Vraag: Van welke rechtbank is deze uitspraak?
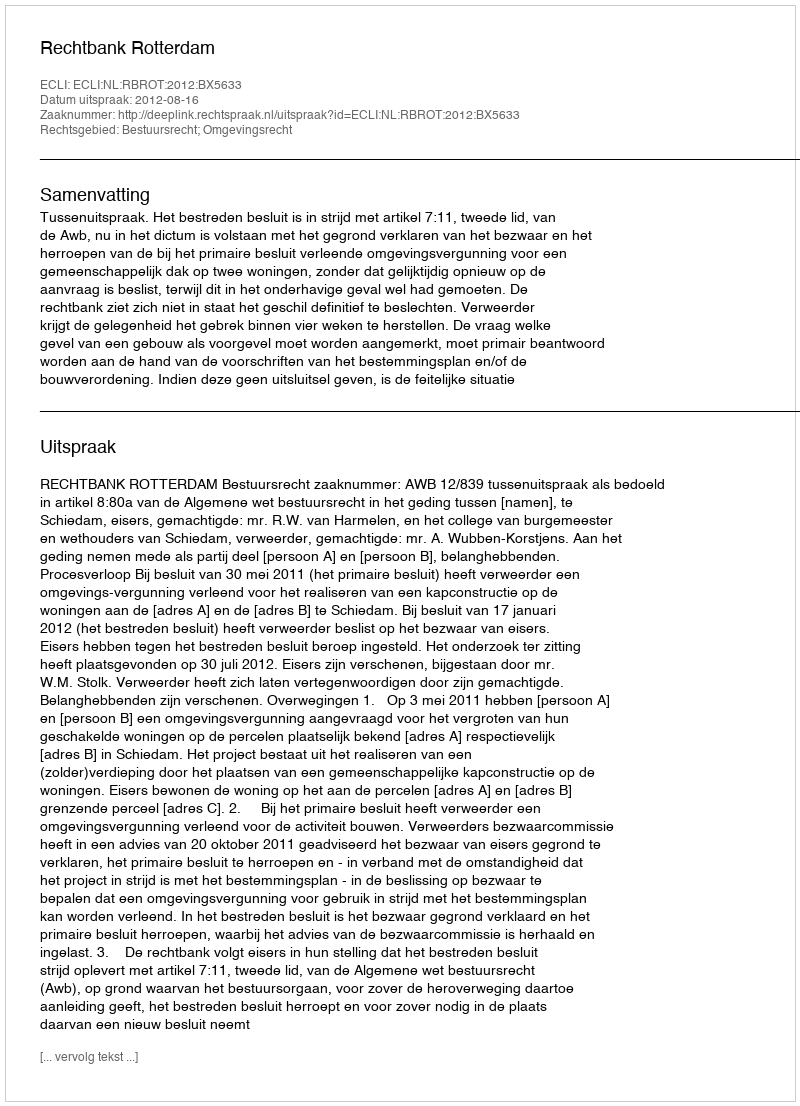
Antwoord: Rechtbank Rotterdam